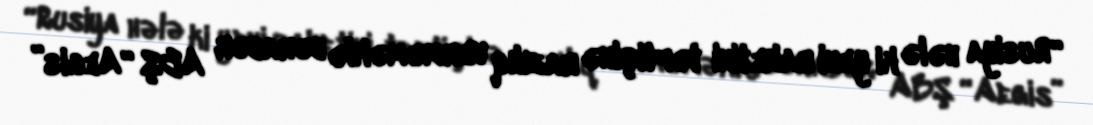
“Rusiya hələ ki yeni raketini təftişinə razılıq verməməklə bərabər ABŞ “Aegis”